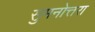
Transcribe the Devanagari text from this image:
सुमनोत्तरा